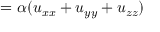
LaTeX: = \alpha ( u _ { x x } + u _ { y y } + u _ { z z } ) \quad